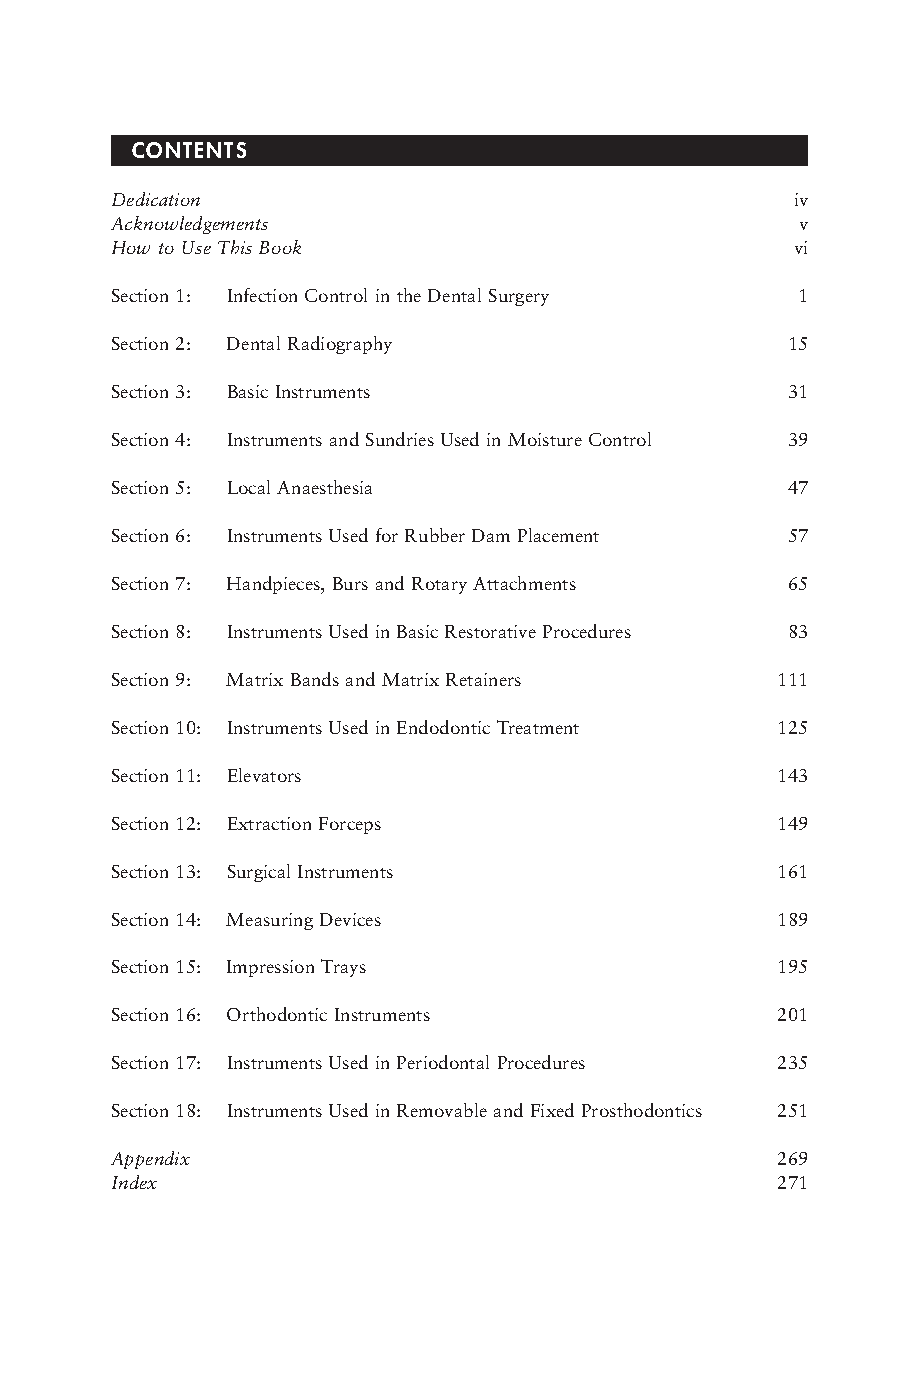
CONTENTS
 Dedication                                    iv
 Acknowledgements                              v
 How to Use This Book                          vi
 Section 1: Infection Control in the Dental Surgery 1
 Section 2: Dental Radiography                15
 Section 3: Basic Instruments                 31
 Section 4: Instruments and Sundries Used in Moisture Control 39
 Section 5: Local Anaesthesia                 47
 Section 6: Instruments Used for Rubber Dam Placement 57
 Section 7: Handpieces, Burs and Rotary Attachments 65
 Section 8: Instruments Used in Basic Restorative Procedures 83
 Section 9: Matrix Bands and Matrix Retainers 111
 Section 10: Instruments Used in Endodontic Treatment 125
 Section 11: Elevators                       143
 Section 12: Extraction Forceps              149
 Section 13: Surgical Instruments            161
 Section 14: Measuring Devices               189
 Section 15: Impression Trays                195
 Section 16: Orthodontic Instruments         201
 Section 17: Instruments Used in Periodontal Procedures 235
 Section 18: Instruments Used in Removable and Fixed Prosthodontics 251
 Appendix                                    269
 Index                                       271